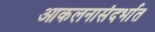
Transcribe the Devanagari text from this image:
आकलनासंदर्भात